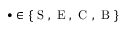
\bullet \in \{ \mathrm { ~ S ~ , ~ E ~ , ~ C ~ , ~ B ~ } \}